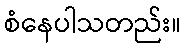
စံနေပါသတည်း။